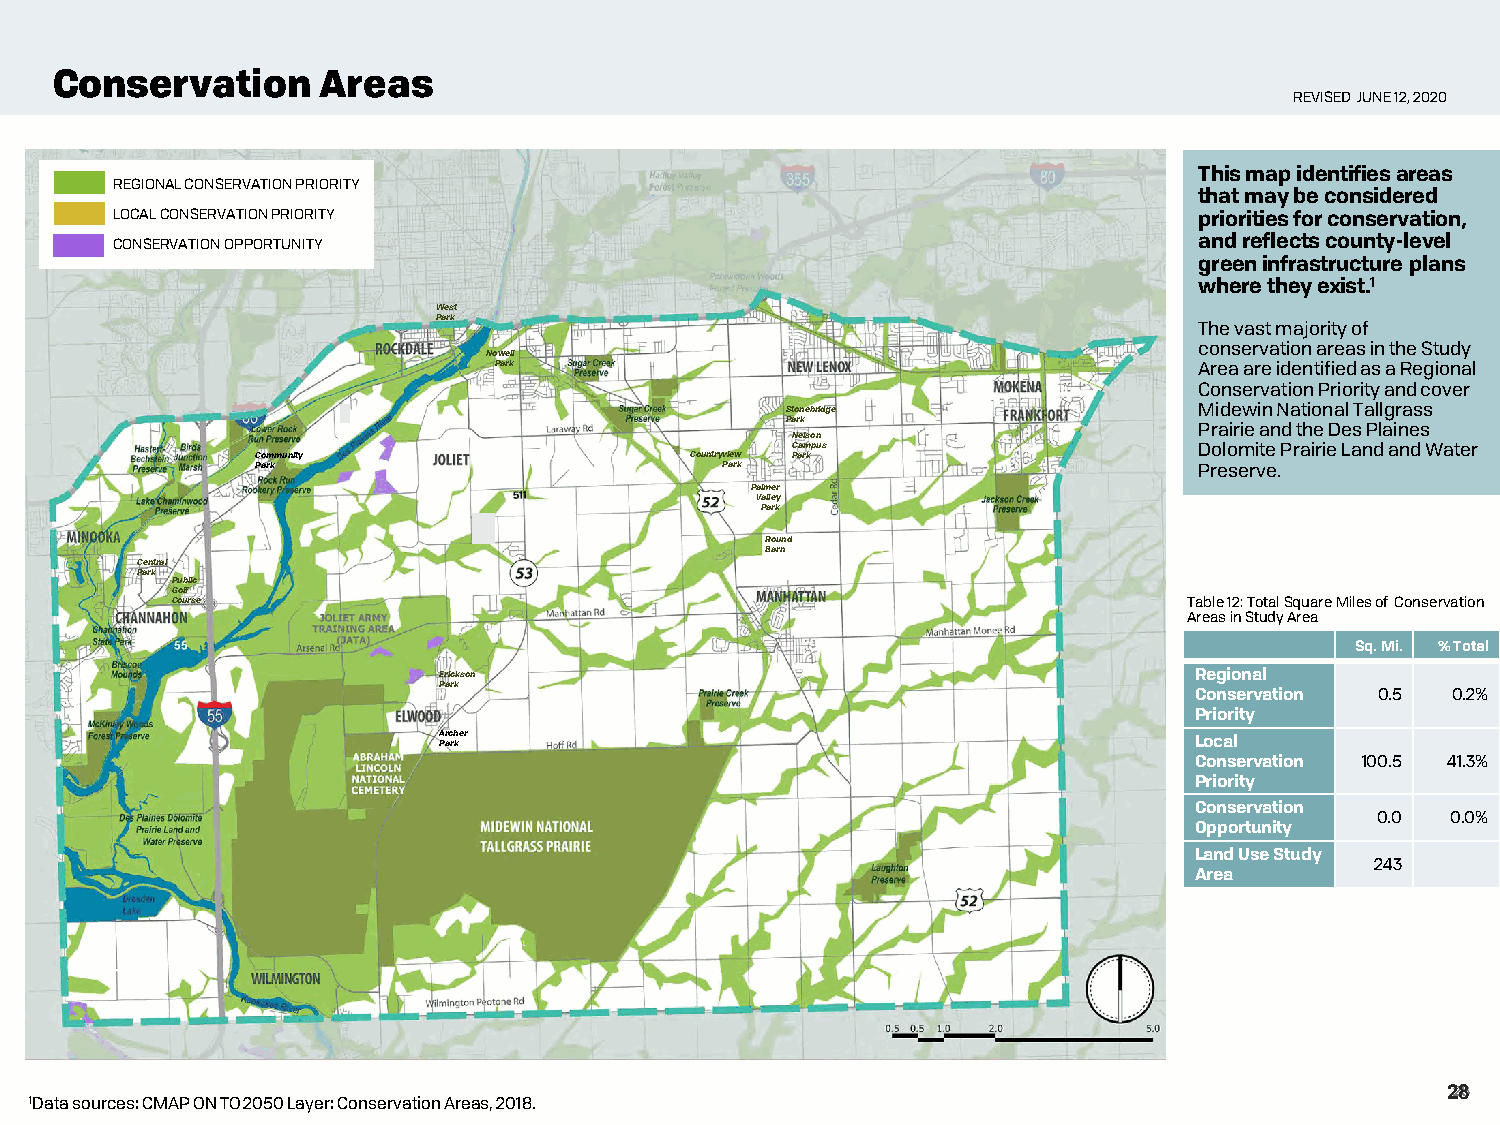
Conservation      Areas
 REVISED JUNE 12, 2020
 This map identifies areas
 REGIONAL CONSERVATION PRIORITY
 that may be considered
 LOCAL CONSERVATION PRIORITY                                             priorities for conservation,
 CONSERVATION OPPORTUNITY                                                and reflects county-level
 green infrastructure plans
 where they exist.1
 West
 Park
 The vast majority of
 conservation areas in the Study
 Nowell
 Park                                          Area are identified as a Regional
 Conservation Priority and cover
 Stonebridge                MidewinNational Tallgrass
 Park                       Prairie and the Des Plaines
 Nelson
 Campus                     Dolomite Prairie Land and Water
 Community                    Countryview Park
 Park                           Park                           Preserve.
 Palmer
 Valley
 Park
 Round
 Barn
 Central
 Park
 Public
 Golf
 Course                                                              Table 12: Total Square Miles of Conservation
 Areas in Study Area
 Sq. Mi. % Total
 Erickson                                          Regional
 Park
 Conservation 0.5 0.2%
 Priority
 A Pr ac rh ker                                    Local
 Conservation 100.5 41.3%
 Priority
 Conservation
 0.0  0.0%
 Opportunity
 Land Use Study
 243
 Area
 2286
 1Data sources: CMAP ON TO 2050 Layer: Conservation Areas, 2018.